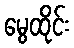
မွေထိုင်း